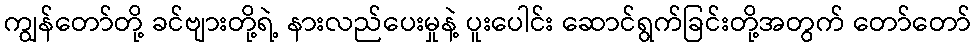
ကျွန်တော်တို့ ခင်ဗျားတို့ရဲ့ နားလည်ပေးမှုနဲ့ ပူးပေါင်း ဆောင်ရွက်ခြင်းတို့အတွက် တော်တော်